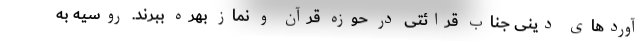
آوردهای دینی جناب قرائتی در حوزه قرآن و نماز بهره ببرند. روسیه به